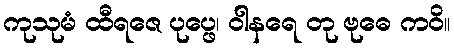
ကုသုမံ ထီရဇေ ပုပ္ဖေ၊ ဝါနရေ တု ဗုဓေ ကဝိ။